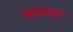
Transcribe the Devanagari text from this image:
वाल्गा